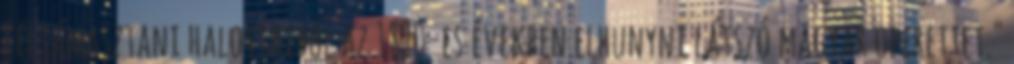
feltámasztani halottaiból az 1890-es években elhunyni látszó magyar operettet."